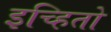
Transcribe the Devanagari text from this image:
इच्हितो